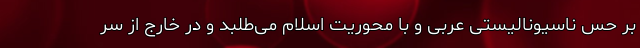
بر حس ناسیونالیستی عربی و با محوریت اسلام می‌طلبد و در خارج از سر